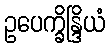
ဥပေက္ခိန္ဒြိယံ